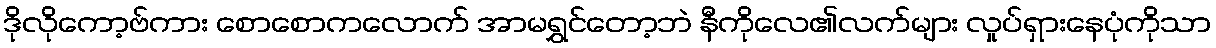
ဒိုလိုကော့ဗ်ကား စောစောကလောက် အာမရွှင်တော့ဘဲ နီကိုလေ၏လက်များ လှုပ်ရှားနေပုံကိုသာ